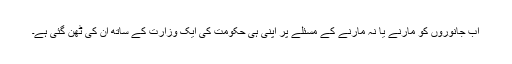
اب جانوروں کو مارنے یا نہ مارنے کے مسئلے پر اپنی ہی حکومت کی ایک وزارت کے ساتھ ان کی ٹھن گئی ہے۔